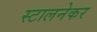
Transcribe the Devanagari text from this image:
स्टालनेकर